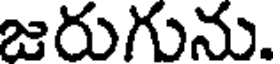
జరుగును.